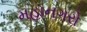
મહાનગરો